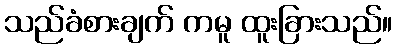
သည်ခံစားချက် ကမူ ထူးခြားသည်။